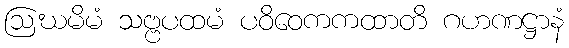
ဩဃမိမံ သဗ္ဗပထမံ ပဝိဝေကကထာတိ ဂဟဏဋ္ဌာနံ